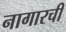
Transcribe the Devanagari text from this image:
नागारची